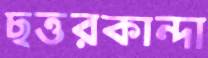
ছত্তরকান্দা